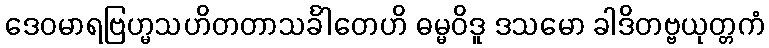
ဒေဝမာရဗြဟ္မသဟိတတာသင်္ခါတေဟိ ဓမ္မဝိဒူ ဒသမော ခါဒိတဗ္ဗယုတ္တကံ